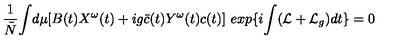
\frac { 1 } { \tilde { N } } { \int } d \mu [ B ( t ) X ^ { \omega } ( t ) + i g \bar { c } ( t ) Y ^ { \omega } ( t ) c ( t ) ] \ e x p \{ i { \int } ( { \cal L } + { \cal L } _ { g } ) d t \} = 0